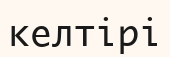
келтірі